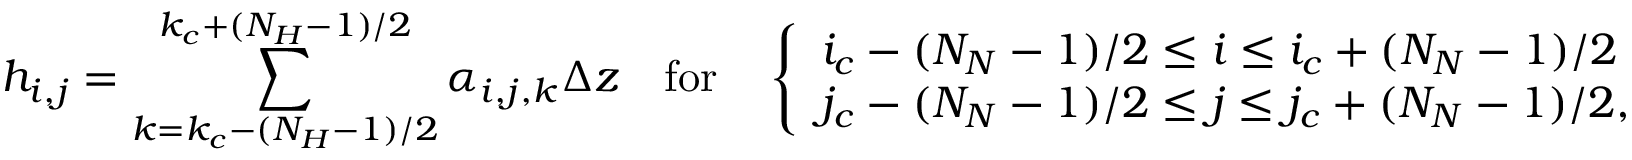
h _ { i , j } = \sum _ { k = k _ { c } - ( N _ { H } - 1 ) / 2 } ^ { k _ { c } + ( N _ { H } - 1 ) / 2 } \alpha _ { i , j , k } \Delta z \quad \mathrm { f o r } \quad \left\{ \begin{array} { l l } { i _ { c } - ( N _ { N } - 1 ) / 2 \le i \le i _ { c } + ( N _ { N } - 1 ) / 2 } \\ { j _ { c } - ( N _ { N } - 1 ) / 2 \le j \le j _ { c } + ( N _ { N } - 1 ) / 2 , } \end{array} \right.